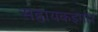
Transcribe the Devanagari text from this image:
सहायकइगोर